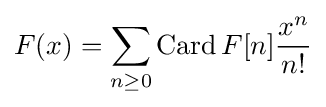
F(x)=\sum _{n\geq 0}\operatorname {Card} F[n]{\frac {x^{n}}{n!}}